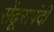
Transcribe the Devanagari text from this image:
सेंढूरापंदी